Lunatic asylums Bombay report 1878-1890 - 1878-1890
Year: 1878
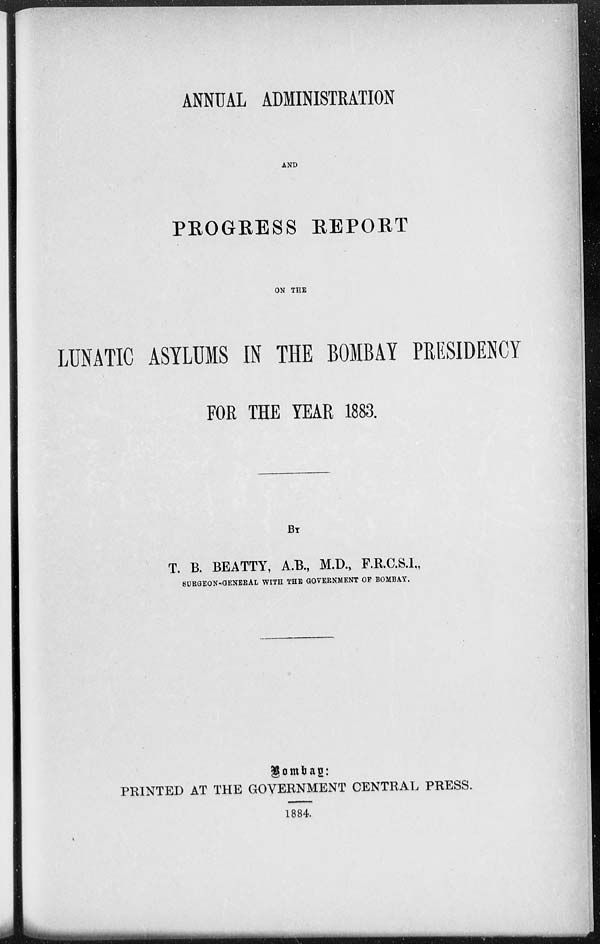
ANNUAL ADMINISTRATION
AND
PROGRESS REPORT
ON THE
LUNATIC ASYLUMS IN THE BOMBAY PRESIDENCY
FOR THE YEAR 1883.
BY
T. B. BEATTY, A.B., M.D., F.R.C.S.I.,
SURGEON-GENERAL WITH THE GOVERNMENT OF BOMBAY.
Bombay:
PRINTED AT THE GOVERNMENT CENTRAL PRESS.
1884.